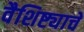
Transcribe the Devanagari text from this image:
वैशिष्ट्याचे